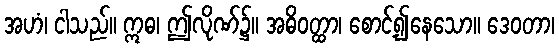
အဟံ၊ ငါသည်။ ဣဓ၊ ဤလိုဏ်၌။ အဓိဝတ္ထာ၊ စောင့်၍နေသော။ ဒေဝတာ၊